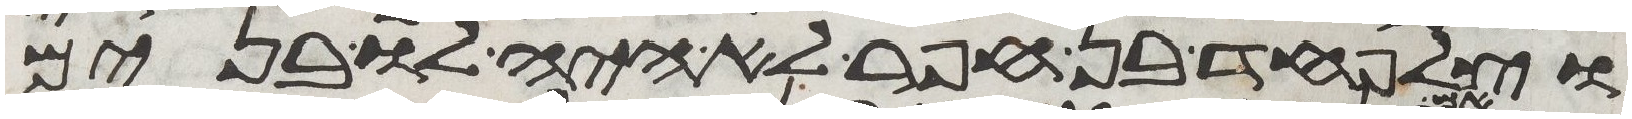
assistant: וצלפחד בן חפר לא היה לו בנים